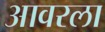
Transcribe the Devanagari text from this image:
आवरला